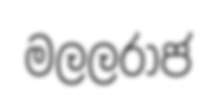
මලලරාජ